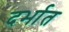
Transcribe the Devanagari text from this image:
दर्भात